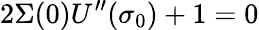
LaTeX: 2\Sigma(0)U^{\prime\prime}(\sigma_{0})+1=0